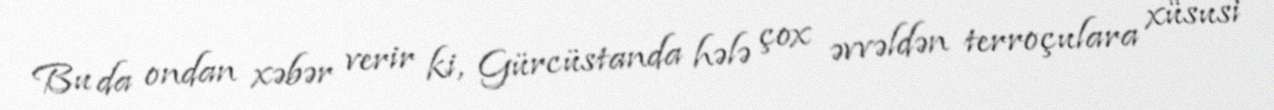
Bu da ondan xəbər verir ki, Gürcüstanda hələ çox əvvəldən terroçulara xüsusi